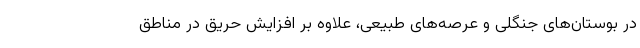
در بوستان‌های جنگلی و عرصه‌های طبیعی، علاوه بر افزایش حریق در مناطق